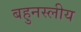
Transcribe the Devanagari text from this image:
बहुनस्लीय